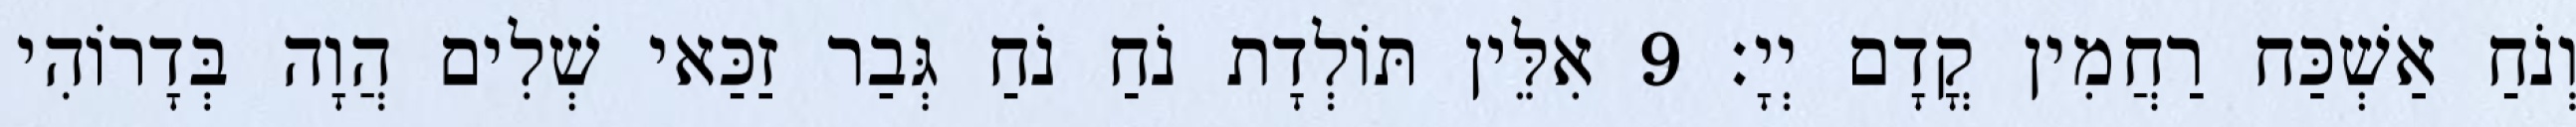
וְנֹחַ אַשְׁכַּח רַחֲמִין קֳדָם יְיָ׃ 9 אִלֵּין תּוֹלְדָת נֹחַ נֹחַ גְּבַר זַכַּאי שְׁלִים הֲוָה בְּדָרוֹהִי